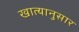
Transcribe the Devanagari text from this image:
खात्यानुसार